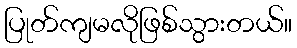
ပြုတ်ကျမလိုဖြစ်သွားတယ်။